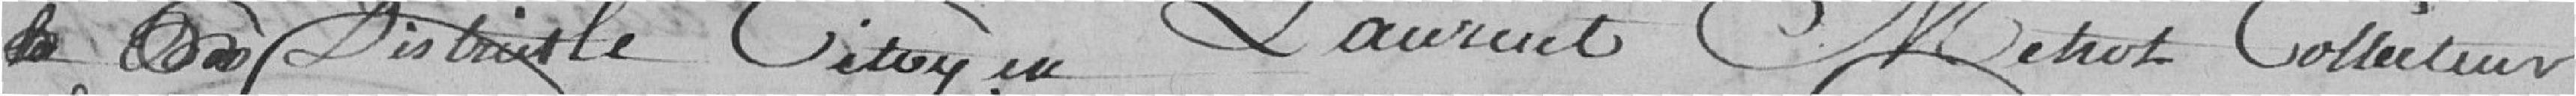
District le Citoyen Laurent Metrot collecteur